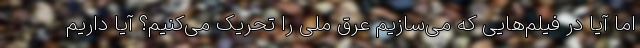
اما آیا در فیلم‌هایی که می‌سازیم عِرق ملی را تحریک می‌کنیم؟ آیا داریم